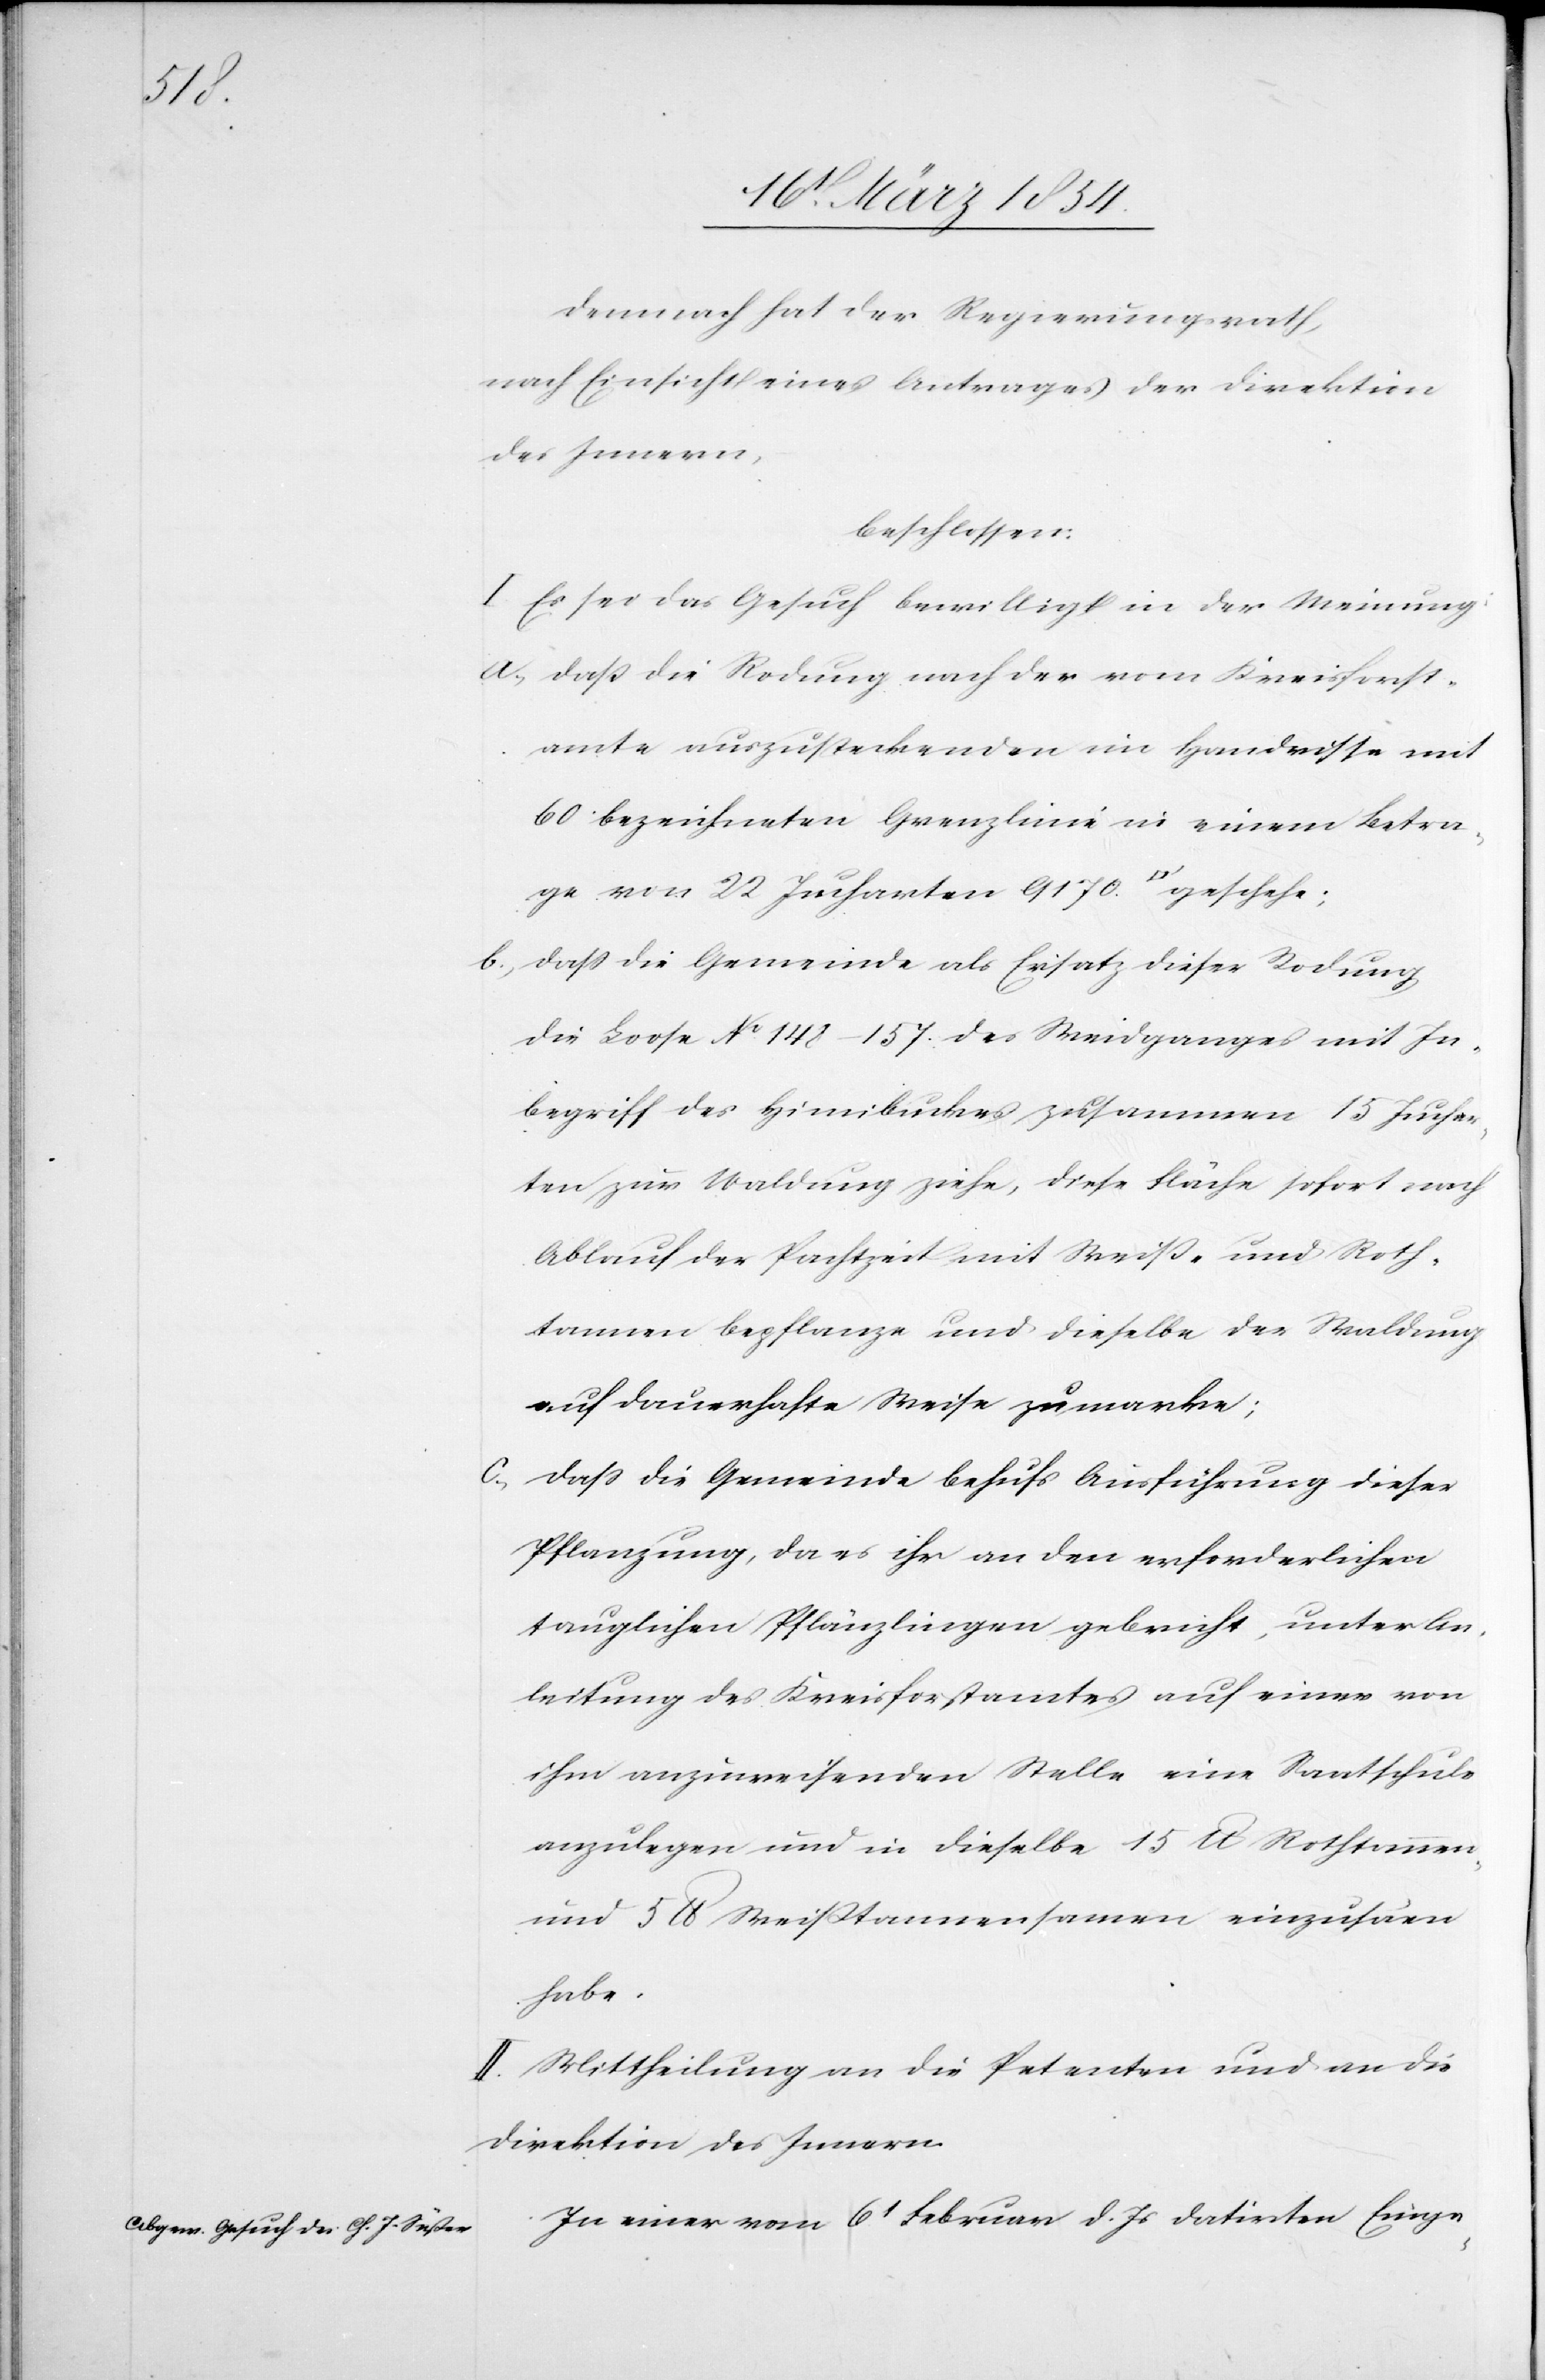
Demnach hat der Regierungsrath,
nach Einsicht eines Antrages der Direktion
des Innern,
beschlossen:
I. Es sei das Gesuch bewilligt in der Meinung,
a; daß die Rodung nach der vom Kreisforst¬
amte auszusteckenden im Handrisse mit
60 bezeichneten Grenzlinie in einem Betra¬
ge von 22 Jucharten 9170 [Quadratfuss] geschehe;
b; daß die Gemeinde als Ersatz dieser Rodung
die Loose No148–157. des Weidganges mit In¬
begriff des Himibuckes zusammen 15 Juchar¬
ten zur Waldung ziehe, diese Fläche sofort nach
Ablauf der Pachtzeit mit Weiß- und Roth¬
tannen bepflanze und dieselbe der Waldung
auf dauerhafte Weise zumarke;
c; daß die Gemeinde behufs Ausführung dieser
Pflanzung, da es ihr an den erforderlichen
tauglichen Pflänzlingen gebricht, unter An¬
leitung des Kreisforstamtes auf einer von
ihm anzuweisenden Stelle eine Saatschule
anzulegen und in dieselbe 15 lb Rothtannen
und 5 lb Weißtannensamen einzusäen
habe.
II. Mittheilung an die Petenten und an die
Direktion des Innern.
In einer vom 6t Februar d. Js datirten Einga-